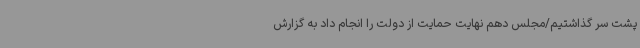
پشت سر گذاشتیم/مجلس دهم نهایت حمایت از دولت را انجام داد به گزارش